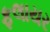
ફલાયર